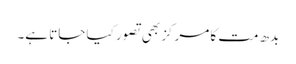
بدھ مت کا مرکز بھی تصور کیا جاتا ہے۔